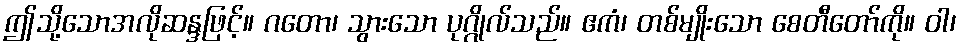
ဤသို့သောအလိုဆန္ဒဖြင့်။ ဂတော၊ သွားသော ပုဂ္ဂိုလ်သည်။ ဧကံ၊ တစ်မျိုးသော စေတီတော်ကို။ ဝါ၊